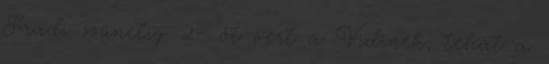
Fradi szünetig 2- őt vert a Vidinek, tehát a